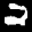
Label: 2